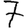
Digit: 7